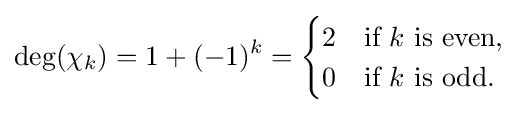
\deg(\chi _{k})=1+(-1)^{k}={\begin{cases}2&{\text{if }}k{\text{ is even,}}\\0&{\text{if }}k{\text{ is odd.}}\end{cases}}